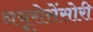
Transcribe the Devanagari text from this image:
नयूरोसेंसोरी